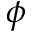
\phi